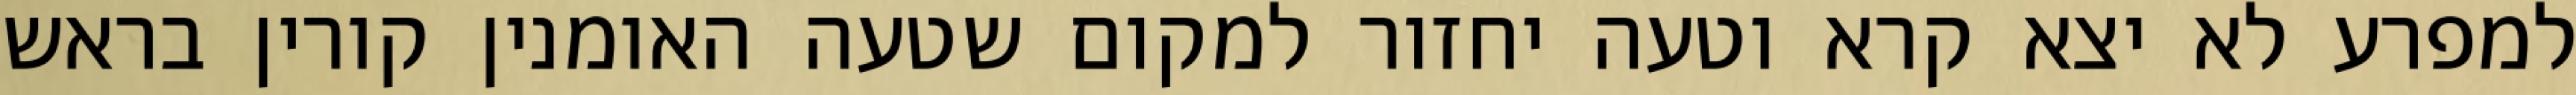
למפרע לא יצא קרא וטעה יחזור למקום שטעה האומנין קורין בראש